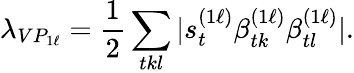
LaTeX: \lambda_{VP_{1\ell}}=\frac{1}{2}\sum_{tkl}|s_{t}^{(1\ell)}\beta_{tk}^{(1\ell)}\beta_{tl}^{(1\ell)}|.